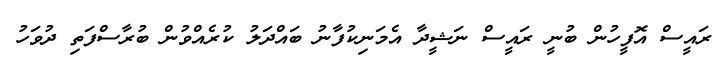
ރައީސް އޮފީހުން ބުނީ ރައީސް ނަޝީދާ އެމަނިކުފާނު ބައްދަލު ކުރެއްވުން ބުރާސްފަތި ދުވަހު